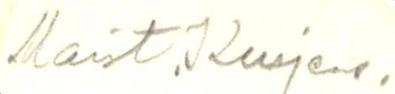
Maist. Kurjens.